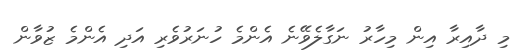
މި ދާއިރާ އިން މިހާރު ނަގާލެވޭނެ އެންމެ ހުނަރުވެރި އަދި އެންމެ ޒުވާން